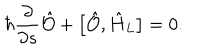
\hbar \frac { \partial } { \partial s } \hat { \cal O } + \bigl [ \hat { \cal O } , \hat { H } _ { L } \bigr ] = 0 .